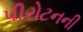
પીરોટનની